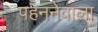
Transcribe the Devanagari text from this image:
पहननेवाला